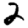
Digit: 2